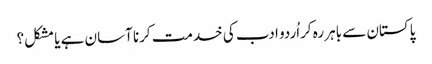
پاکستان سے باہر رہ کراُردو ادب کی خدمت کرنا آسان ہے یا مشکل؟